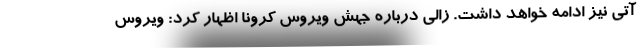
آتی نیز ادامه خواهد داشت. زالی درباره جهش ویروس کرونا اظهار کرد: ویروس